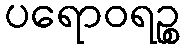
ပရောဝရဉ္စ